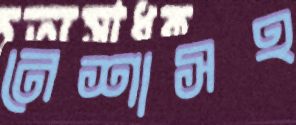
নেশাসহ